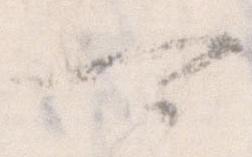
可